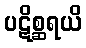
ပဋိစ္ဆရယိ